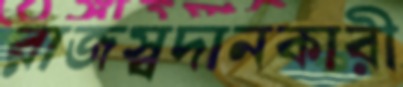
রাজস্বদানকারী